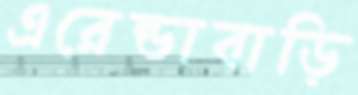
এরেন্ডাবাড়ি